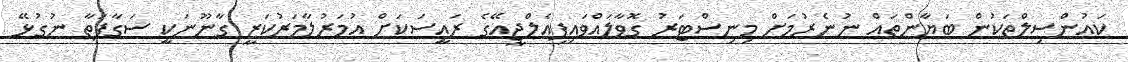
ކައުންސިލްތަކުން ބަޔާންތައް ނުނެރުމަށް މިނިސްޓަރު ގޮވާލައްވައިފިއެލްޖީއޭގެ ރައީސަކަށް އުމަރުލާމަރުކަޒީ ގާނޫނަކީ ސަގާފަތާ ނުގުޅޭ